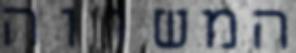
המשווה